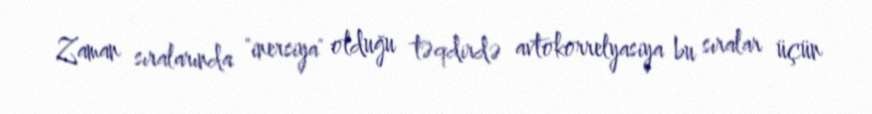
Zaman sıralarında "inersiya" olduğu təqdirdə avtokorrelyasiya bu sıralar üçün